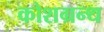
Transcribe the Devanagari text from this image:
कोशग्रन्थ